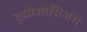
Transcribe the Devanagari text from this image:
द्य्सेस्थेसिअस